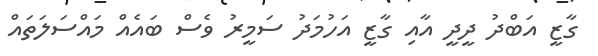
ގާޒީ އަބްދު ދީދީ އާއި ގާޒީ އަހުމަދު ސަމީރު ވެސް ބައެއް މައްސަލަތައް